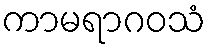
ကာမရာဂဝသံ